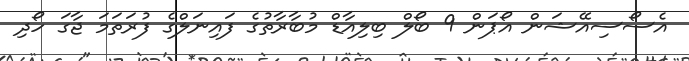
އެސޯސިއޭޝަން އޯޕަން 9 ބޯލް ބިލިއާޑް މުބާރާތުގެ ފައިނަލްގެ ފުރަތަމަ ޖާގަ ހޯދި